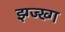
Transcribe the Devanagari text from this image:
झ्ग्ज्ख्ग